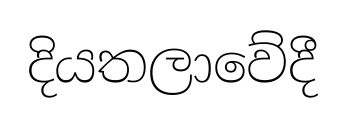
දියතලාවේදී